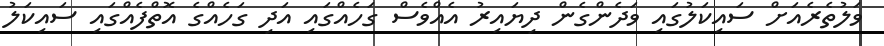
ވަލުތެރެއަށް ސައިކަލުގައި ވަދެންގެން ދިޔައިރު އެއްވެސް ގަހެއްގައި އަދި ގަހެއްގެ އޮތްފެއްގައި ސައިކަލު